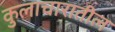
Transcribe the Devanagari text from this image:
कुलाचारातील